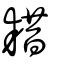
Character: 耤